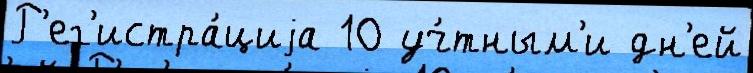
Р'ег'истра́циjа 10 уч́тным'и дн'ей